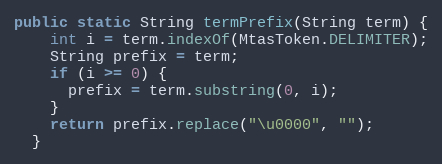
Language: Java
public static String termPrefix(String term) {
    int i = term.indexOf(MtasToken.DELIMITER);
    String prefix = term;
    if (i >= 0) {
      prefix = term.substring(0, i);
    }
    return prefix.replace("\u0000", "");
  }